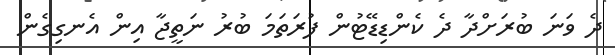
ދެ ވަނަ ބުރަށްދާ ދެ ކެންޑިޑޭޓުން ފުރަތަމަ ބުރު ނަތީޖާ އިން އެނގިގެން